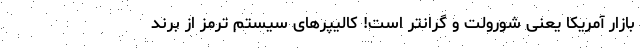
بازار آمریکا یعنی شورولت و گرانتر است! کالیپرهای سیستم ترمز از برند